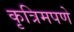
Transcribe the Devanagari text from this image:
कृत्रिमपणे